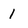
Character: 1